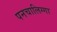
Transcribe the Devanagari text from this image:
पनचालिग्गा